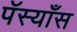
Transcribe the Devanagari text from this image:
पॅस्याँस